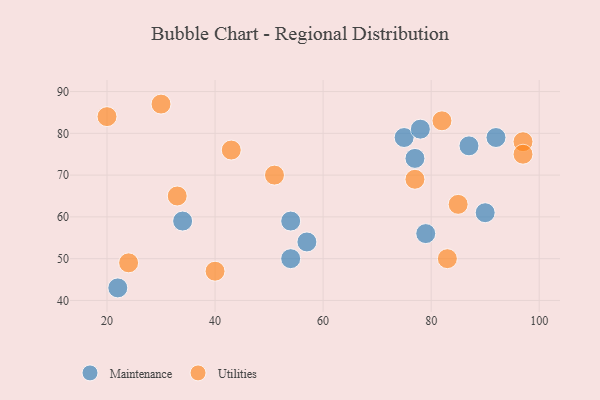
{"axis": {"x": "GDP", "y": "Life Expectancy"}, "legend": ["Maintenance", "Utilities"], "data": [{"x": "54", "y": 50, "type": "Maintenance"}, {"x": "75", "y": 79, "type": "Maintenance"}, {"x": "90", "y": 61, "type": "Maintenance"}, {"x": "78", "y": 81, "type": "Maintenance"}, {"x": "77", "y": 74, "type": "Maintenance"}, {"x": "57", "y": 54, "type": "Maintenance"}, {"x": "87", "y": 77, "type": "Maintenance"}, {"x": "92", "y": 79, "type": "Maintenance"}, {"x": "79", "y": 56, "type": "Maintenance"}, {"x": "54", "y": 59, "type": "Maintenance"}, {"x": "22", "y": 43, "type": "Maintenance"}, {"x": "34", "y": 59, "type": "Maintenance"}, {"x": "30", "y": 87, "type": "Utilities"}, {"x": "85", "y": 63, "type": "Utilities"}, {"x": "97", "y": 78, "type": "Utilities"}, {"x": "82", "y": 83, "type": "Utilities"}, {"x": "43", "y": 76, "type": "Utilities"}, {"x": "51", "y": 70, "type": "Utilities"}, {"x": "24", "y": 49, "type": "Utilities"}, {"x": "77", "y": 69, "type": "Utilities"}, {"x": "33", "y": 65, "type": "Utilities"}, {"x": "97", "y": 75, "type": "Utilities"}, {"x": "20", "y": 84, "type": "Utilities"}, {"x": "40", "y": 47, "type": "Utilities"}, {"x": "83", "y": 50, "type": "Utilities"}]}